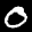
Label: 0